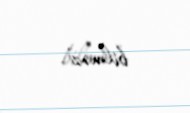
bilməz".